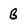
Character: b